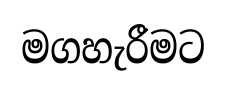
මගහැරීමට